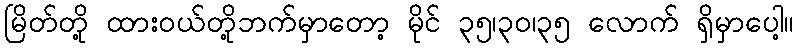
မြိတ်တို့ ထားဝယ်တို့ဘက်မှာတော့ မိုင် ၃၅၊၃၀၊၃၅ လောက် ရှိမှာပေါ့။